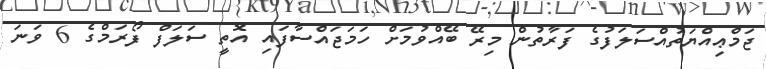
ޖަމްޢިއްޔަތުއްސަލަފުގެ ފަރާތުން މިރޭ ބޭއްވުމަށް ހަމަޖައްސާފައި އޮތީ ސަލަފް ފޯރަމްގެ 6 ވަނަ